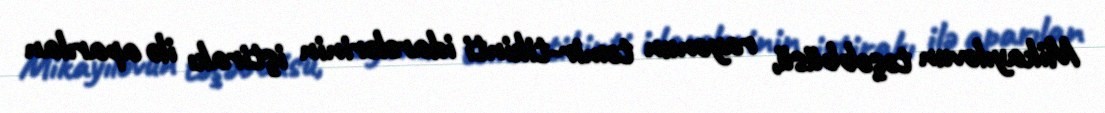
Mikayılovun təşəbbüsü, rayonun təmir-tikinti idarələrinin iştirakı ilə aparılan